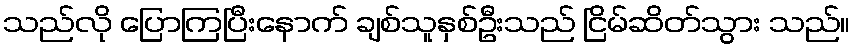
သည်လို ပြောကြပြီးနောက် ချစ်သူနှစ်ဦးသည် ငြိမ်ဆိတ်သွား သည်။